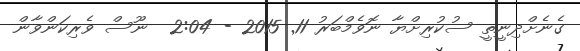
ގެނެށްދިނީތީ ސުކުރިށްޔާ ނޮވެމްބަރު 11